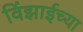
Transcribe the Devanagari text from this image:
विंझाईच्या